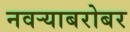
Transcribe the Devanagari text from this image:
नवऱ्याबरोबर